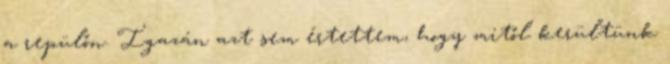
a repülőn. Igazán azt sem értettem, hogy mitől kerültünk